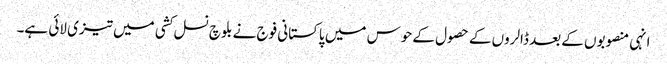
انہی منصوبوں کے بعد ڈالروں کے حصول کے حوس میں پاکستانی فوج نے بلوچ نسل کشی میں تیزی لائی ہے۔